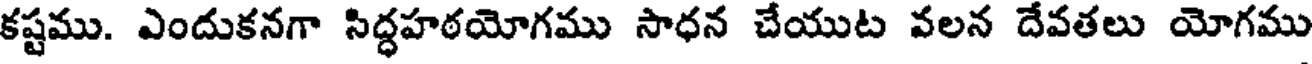
కష్టము. ఎందుకనగా సిద్ధహఠయోగము సాధన చేయుట వలన దేవతలు యోగము